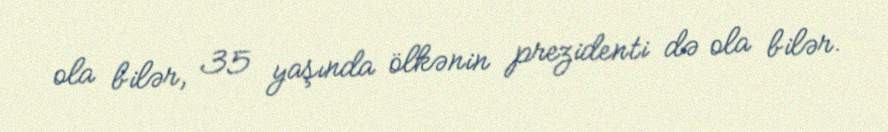
ola bilər, 35 yaşında ölkənin prezidenti də ola bilər.